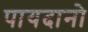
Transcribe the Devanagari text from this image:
पायदानो